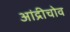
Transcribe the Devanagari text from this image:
आंद्रीचोव